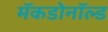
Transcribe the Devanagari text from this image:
मॅकडोनॉल्ड